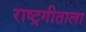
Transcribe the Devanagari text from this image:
राष्ट्रगीताला